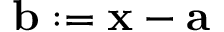
\mathbf { b } : = \mathbf { x } - \mathbf { a }